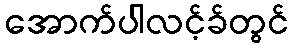
အောက်ပါလင့်ခ်တွင်